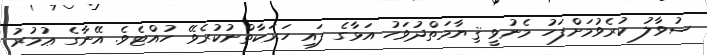
ސުވާލު ކުރެވުމަށްފަހު މެނުވީ ޤިޔާމަތްދުވަހު އަޅާގެ ފައި ހަރަކާތްނުކުރެވޭ ހުއްޓެވެ. އޭނާގެ ޢުމުރު